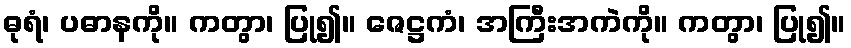
ဓုရံ၊ ပဓာနကို။ ကတွာ၊ ပြု၍။ ဇေဋ္ဌကံ၊ အကြီးအကဲကို။ ကတွာ၊ ပြု၍။